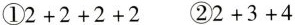
①$$2+2+2+2$$ ②$$2+3+4$$